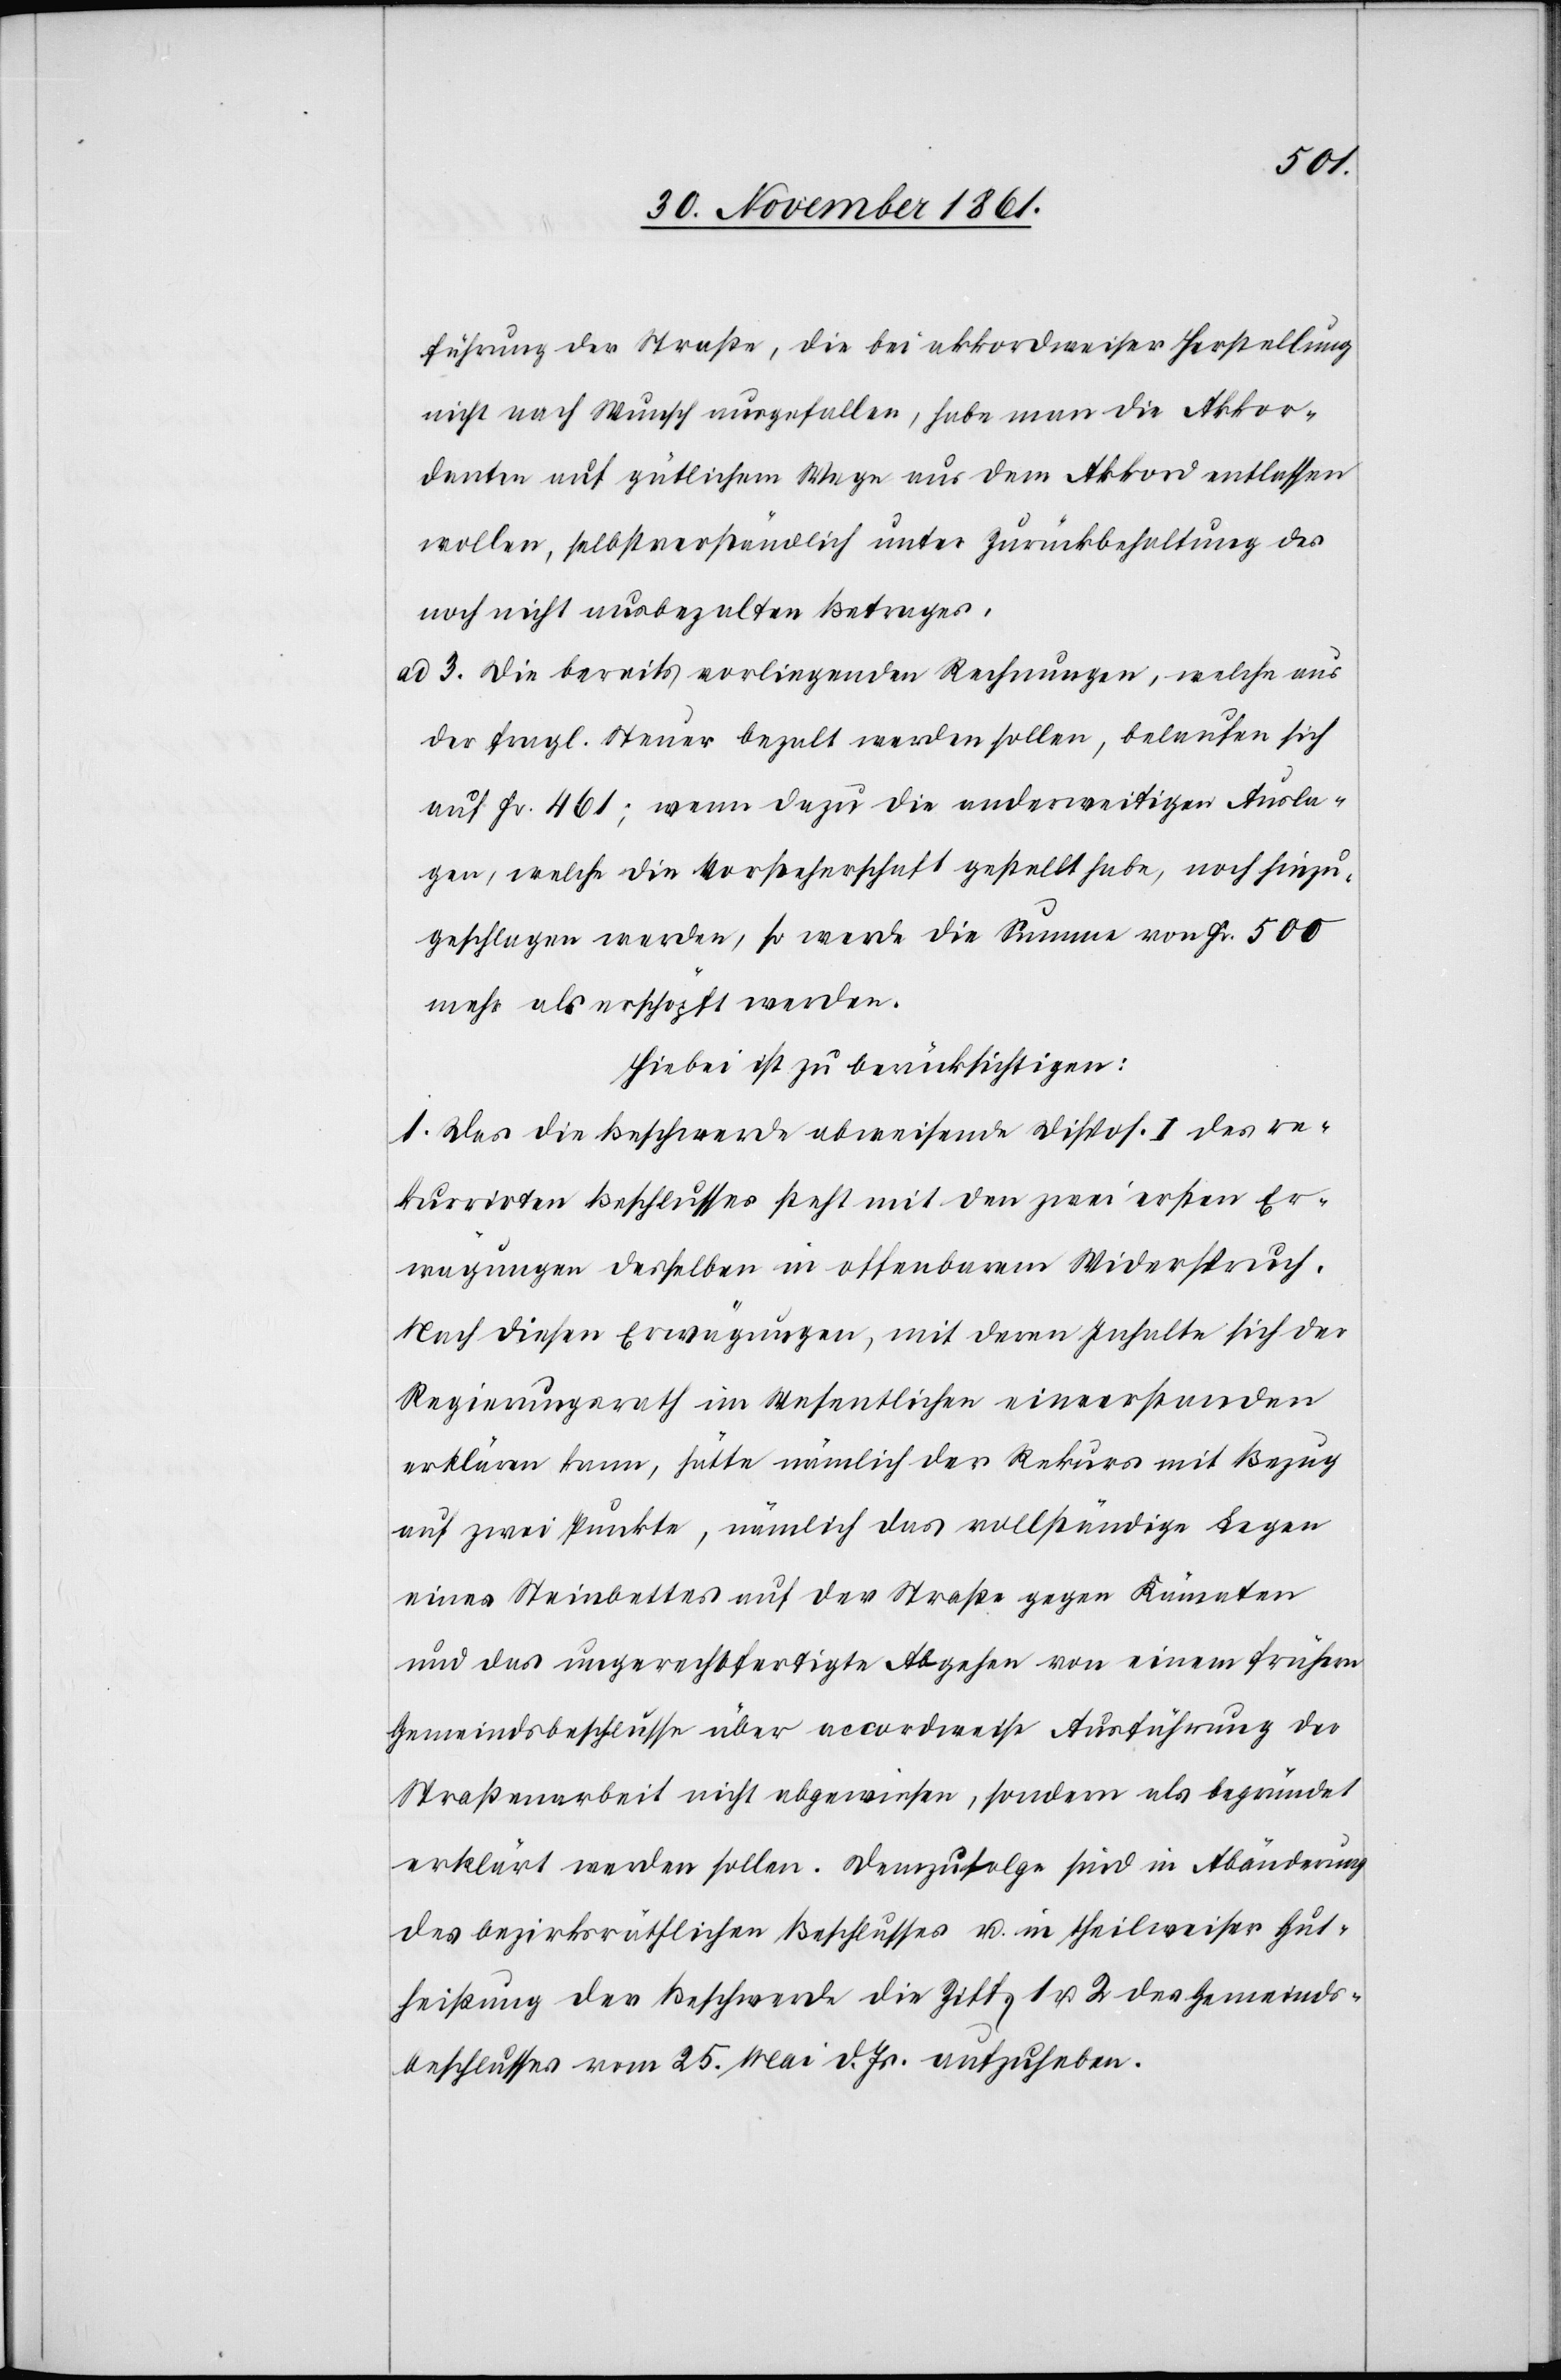
führung der Straße, die bei akkordweiser Herstellung
nicht nach Wunsch ausgefallen, habe man die Akkor¬
danten auf gütlichem Wege aus dem Akkord entlassen
wollen, selbstverständlich unter Zurückbehaltung des
noch nicht ausbezalten Betrages.
ad. 3. Die bereits vorliegenden Rechnungen, welche aus
der fragl. Steuer bezalt werden sollen, belaufen sich
auf Fr. 461; wenn dazu die anderweitigen Ausla¬
gen, welche die Vorsteherschaft gestellt habe, noch hinzu¬
geschlagen werden, so werde die Summe von Fr. 500
mehr als erschöpft werden.
Hiebei ist zu berücksichtigen:
1. Das die Beschwerde abweisende Dispos. I des re¬
kurrirten Beschlusses steht mit den zwei ersten Er¬
wägungen desselben in offenbarem Widerspruch.
Nach diesen Erwägungen, mit deren Inhalte sich der
Regierungsrath im Wesentlichen einverstanden
erklären kann, hätte nämlich der Rekurs mit Bezug
auf zwei Punkte, nämlich das vollständige Legen
eines Steinbettes auf der Straße gegen Kämaten
und das ungerechtfertigte Abgehen von einem frühern
Gemeindsbeschlusse über accordweise Ausführung der
Straßenarbeit nicht abgewiesen, sondern als begründet
erklärt werden sollen. Demzufolge sind in Abänderung
des bezirksräthlichen Beschlusses u. in theilweiser Gut¬
heißung der Beschwerde die Ziff. 1 u. 2 des Gemeinds¬
beschlusses vom 25 Mai d. Js. aufzuheben.